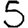
Digit: 5